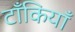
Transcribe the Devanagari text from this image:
टाँकियाँ